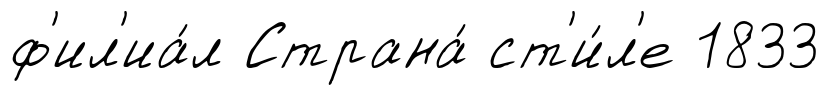
ф'ил'иа́л Страна́ ст'и́л'е 1833